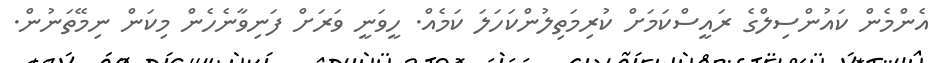
އެންމެން ކައުންސިލްގެ ރައީސްކަމަށް ކުރިމަތިލުންކަހަލަ ކަމެއް. ހީވަނީ ވަރަށް ފަނިވާނެހެން މިކަން ނިމޭތަނުން.